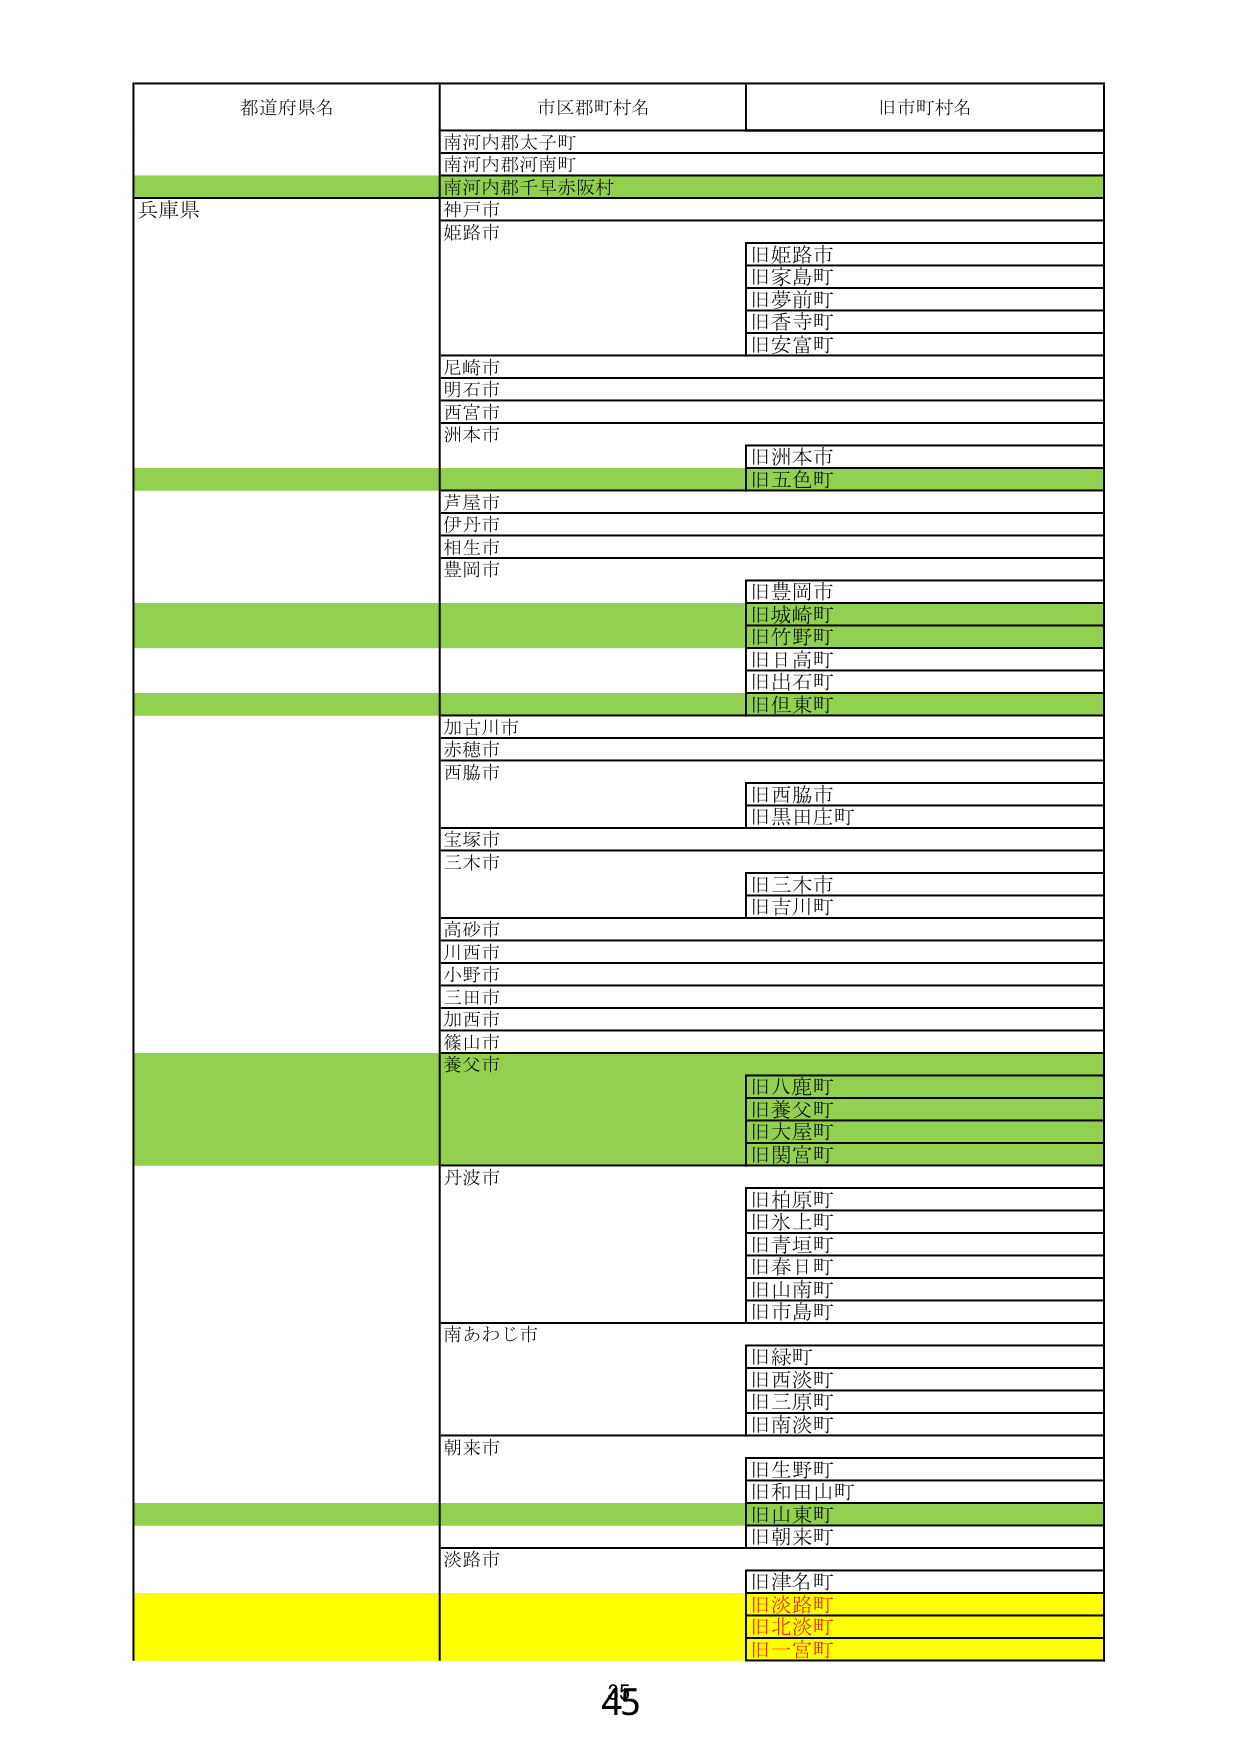
都道府県名 市区郡町村名 旧市町村名
南河内郡太子町
南河内郡河南町
南河内郡千早赤阪村
兵庫県 神戸市
姫路市 旧姫路市
旧家島町
旧夢前町
旧香寺町
旧安富町
尼崎市
明石市
西宮市
洲本市 旧洲本市
旧五色町
芦屋市
伊丹市
相生市
豊岡市 旧豊岡市
旧城崎町
旧竹野町
旧日高町
旧出石町
旧但東町
加古川市
赤穂市
西脇市 旧西脇市
旧黒田庄町
宝塚市
三木市 旧三木市
旧吉川町
高砂市
川西市
小野市
三田市
加西市
篠山市
養父市 旧八鹿町
旧養父町
旧大屋町
旧関宮町
丹波市 旧柏原町
旧氷上町
旧青垣町
旧春日町
旧山南町
旧市島町
南あわじ市 旧緑町
旧西淡町
旧三原町
旧南淡町
朝来市 旧生野町
旧和田山町
旧山東町
旧朝来町
淡路市 旧津名町
旧淡路町
旧北淡町
旧一宮町
45